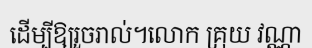
ដើម្បីឱ្យរួចរាល់។លោក គ្រុយ វណ្ណា